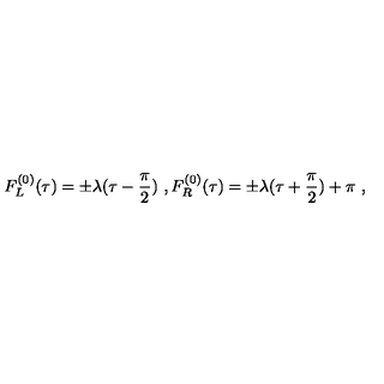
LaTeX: F _ { L } ^ { ( 0 ) } ( \tau ) = \pm \lambda ( \tau - \frac { \pi } { 2 } ) \ , F _ { R } ^ { ( 0 ) } ( \tau ) = \pm \lambda ( \tau + \frac { \pi } { 2 } ) + \pi \ ,